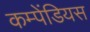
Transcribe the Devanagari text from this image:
कम्पेंडियस